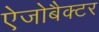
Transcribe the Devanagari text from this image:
ऐजोबैक्टर